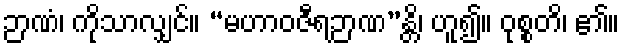
ဉာဏံ၊ ကိုသာလျှင်။ “မဟာဝဇီရဉာဏ”န္တိ၊ ဟူ၍။ ဝုစ္စတိ၊ ၏။